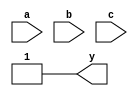
`timescale 1ns / 1ps
//////////////////////////////////////////////////////////////////////////////////
// Company: 
// Engineer: 
// 
// Design Name: 
// Module Name: boolexp_3
// Project Name: 
// Target Devices: 
// Tool Versions: 
// Description: 
// 
// Dependencies: 
// 
// Revision:
// Revision 0.01 - File Created
// Additional Comments:
// 
//////////////////////////////////////////////////////////////////////////////////


module boolexp_3(
    input a,b,c,
    output y
    );
assign y=(a|1)&((~b)|1)&((~c)|1);
endmodule